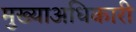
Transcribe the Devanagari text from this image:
मुख्याअधिकारी